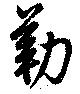
勒